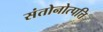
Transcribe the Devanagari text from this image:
संतोनोत्पत्ति